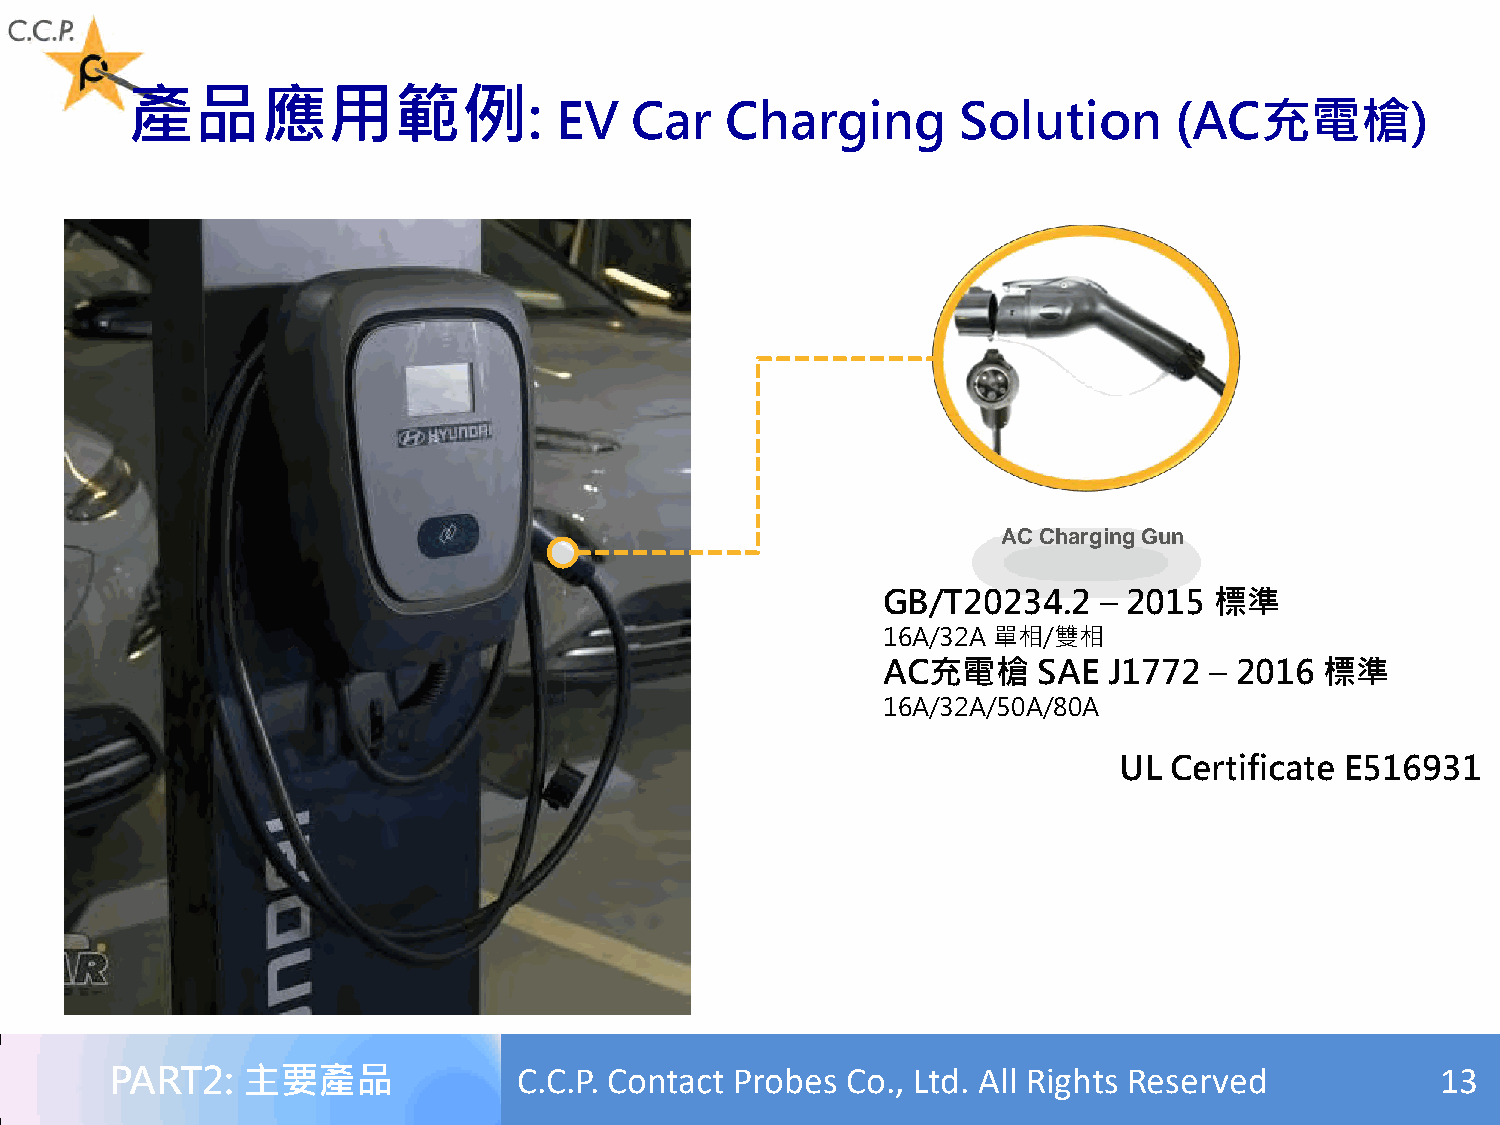
產品應用範例
 :
 EV   Car   Charging       Solution       (AC充電槍)
 AC Charging Gun
 GB/T20234.2    – 2015 標準
 16A/32A 單相/雙相
 AC充電槍      SAE J1772  – 2016  標準
 16A/32A/50A/80A
 UL Certificate E516931
 PART2:   主要產品              C.C.P. Contact Probes Co., Ltd. All Rights Reserved          13